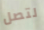
لتصل